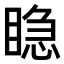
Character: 𥈲